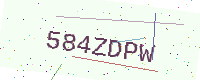
Text: 584ZDPW